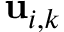
{ \bf { u } } _ { i , k }